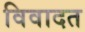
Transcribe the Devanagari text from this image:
विवादत